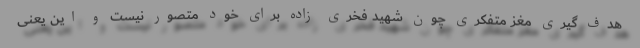
هدف گیری مغز متفکری چون شهید فخری زاده برای خود متصور نیست و این یعنی